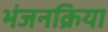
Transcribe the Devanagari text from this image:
भंजनक्रिया